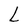
Character: L